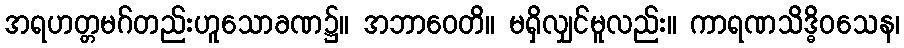
အရဟတ္တမဂ်တည်းဟူသောခဏ၌။ အဘာဝေတိ။ မရှိလျှင်မူလည်း။ ကာရဏသိဒ္ဓိဝသေန၊